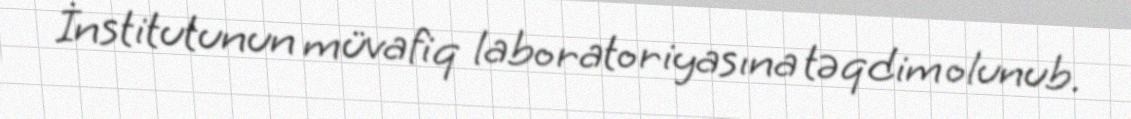
İnstitutunun müvafiq laboratoriyasına təqdim olunub.